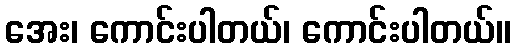
အေး၊ ကောင်းပါတယ်၊ ကောင်းပါတယ်။